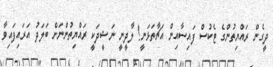
ދީގެން ރައްޔިތުންގެ ޓެކުސް ފައިސާއިން އަޗާތަޅަނީ! ލާދީނީ ނަޝީދަކީ ރައްޔިތުންނަށް ބަލަދު އަރައިފައިވާ